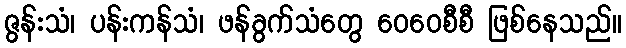
ဇွန်းသံ၊ ပန်းကန်သံ၊ ဖန်ခွက်သံတွေ ဝေဝေစီစီ ဖြစ်နေသည်။